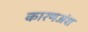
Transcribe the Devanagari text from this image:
कारणअंश